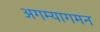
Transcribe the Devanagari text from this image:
अगम्यागमन